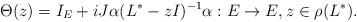
LaTeX: \begin{align*} \Theta(z)= I_E + i J\alpha(L^* -zI)^{-1} \alpha : E \to E, z \in \rho(L^*).\end{align*}